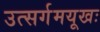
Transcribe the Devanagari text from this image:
उत्सर्गमयूखः